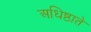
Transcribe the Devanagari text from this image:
अधिष्ठाते